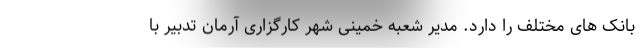
بانک های مختلف را دارد. مدیر شعبه خمینی شهر کارگزاری آرمان تدبیر با